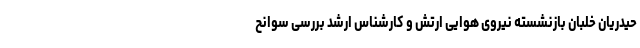
حیدریان خلبان بازنشسته نیروی هوایی ارتش و کارشناس ارشد بررسی سوانح